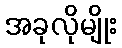
အခုလိုမျိုး